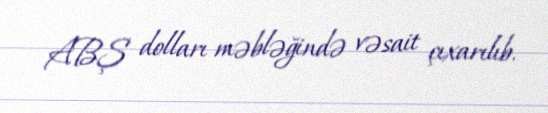
ABŞ dolları məbləğində vəsait çıxarılıb.